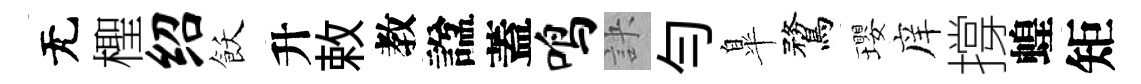
无檉绍飫升敕教諡蓋鸣訣勻臯鶩瓔庠撐蝗矩